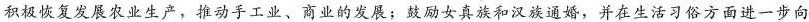
积极恢复发展农业生产，推动手工业、商业的发展；鼓励女真族和汉族通婚，并在生活习俗方面进一步向